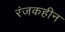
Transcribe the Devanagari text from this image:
रंजकहीन